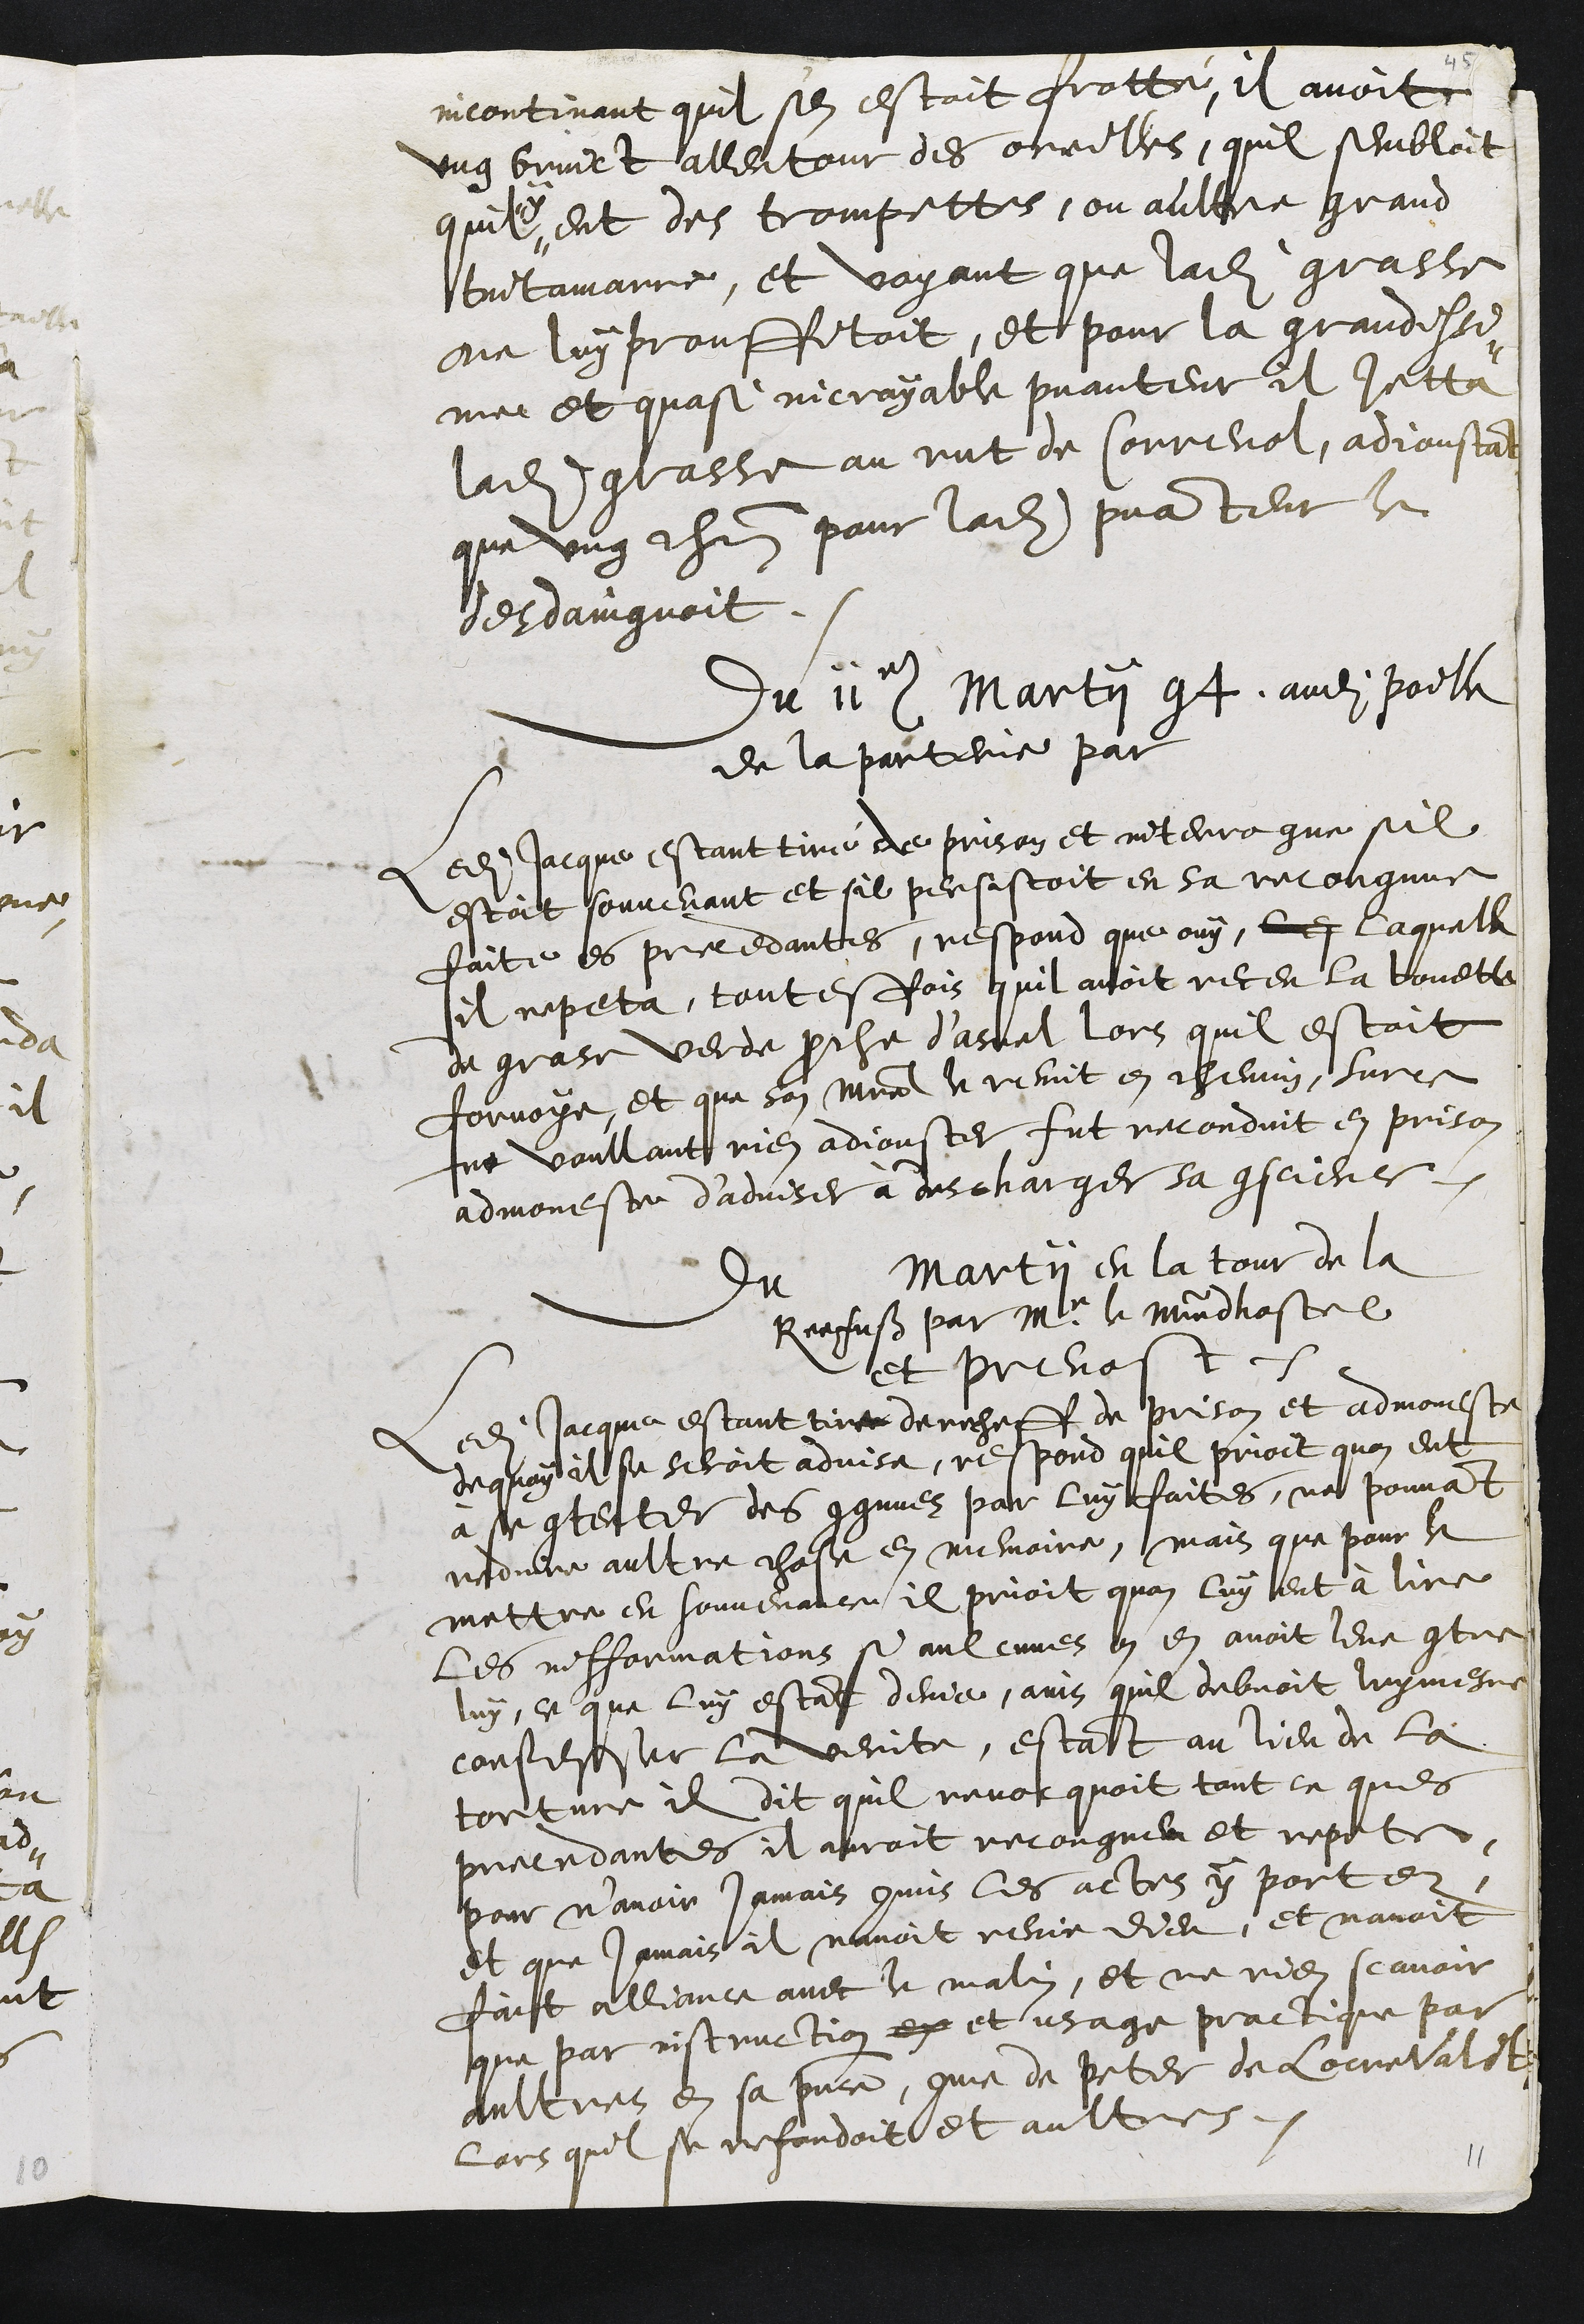
incontinant quil s'en estoit frotté, il avoit
ung bruict allentour des oreilles, quil sembloit
quil
y
eut des trompettes, ou aultre grand
tintamarre, et voyant que ladite grasse
ne luy prouffitoit, et pour la grandissi¬
me et quasi incroyable puanteur il jetta
ladite grasse au rut de Correnol, adjoustant
que ung chacun pour ladite puanteur le
desdaingnoit
Du 11e Martii 94 audit poille
de la porterie par
Ledit Jacque estant tiré de prison et interrogue sil
estoit souvenant et sil persistoit en sa recongnue
faite es precedantes, respond que ouy, les laquelle
il repeta, toutesfois quil avoit receu la bouette
de grase verde proche d’asuel lors quil estoit
forvoye, et que son maistre le remit en chemin, surce
ne voullant rien adjouster fut reconduit en prison
admoneste d'adviser à descharger sa conscience
Du   Martii en la tour de la
Refuß par Mr. le Maistre dhostel
et prevost.
Ledit Jacque estant tirer derecheff de prison et admoneste
dequoy il se seroit advise, respond quil prioit quon eut
à se contenter des congnuez par luy faites, ne pouvant
reduire aultre chose en memoire, mais que pour le
mettre en souvenance il prioit quon luy eut à lire
les infformations si aulcunes on en avoit leve contre
luy, ce que luy estant denie, ains quil debvoit luy mesme
confesser la verite, estant au lieu de la
torture il dit quil revocquoit tout ce ques
precedantes il auroit recongneu et repete
pour n’avoir jamais commis les actes y portez
et que jamais il navoit renie dieu, et n'avoit
fait alliance avec le malin, et ne rien scavoir
que par instruction ex et usage practique par
aultres en sa presence, comme de Peter de Loccerwald
lors quil se refondoit et aultres.